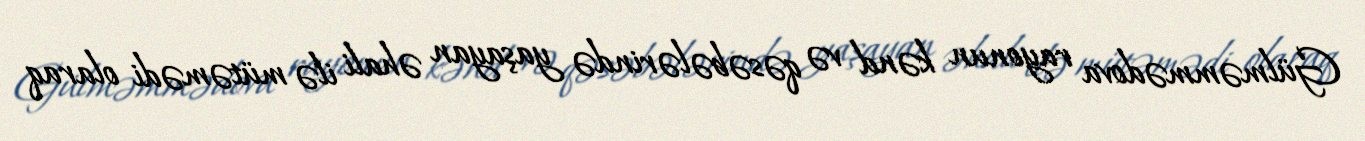
Gülməmmədova rayonun kənd və qəsəbələrində yaşayan əhali ilə mütəmədi olaraq